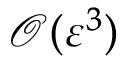
\mathcal { O } ( \varepsilon ^ { 3 } )